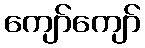
ကျော်ကျော်